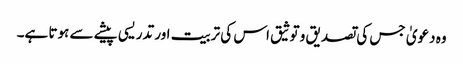
وہ دعویٰ جس کی تصدیق و توثیق اس کی تربیت اور تدریسی پیشے سے ہوتا ہے۔